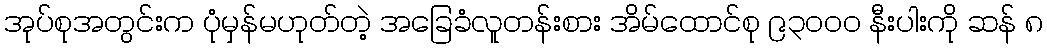
အုပ်စုအတွင်းက ပုံမှန်မဟုတ်တဲ့ အခြေခံလူတန်းစား အိမ်ထောင်စု ၉၃၀၀၀ နီးပါးကို ဆန် ၈